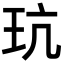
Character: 𪻑